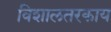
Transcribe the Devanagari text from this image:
विशालतरकाय